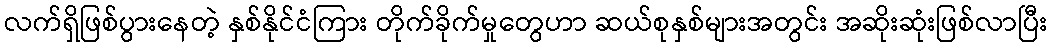
လက်ရှိဖြစ်ပွားနေတဲ့ နှစ်နိုင်ငံကြား တိုက်ခိုက်မှုတွေဟာ ဆယ်စုနှစ်များအတွင်း အဆိုးဆုံးဖြစ်လာပြီး